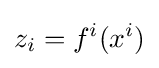
z_{i}=f^{i}(x^{i})